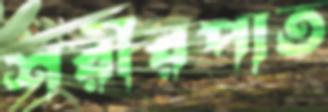
শরীরপাত